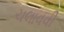
ચલાવવી